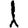
Digit: 1